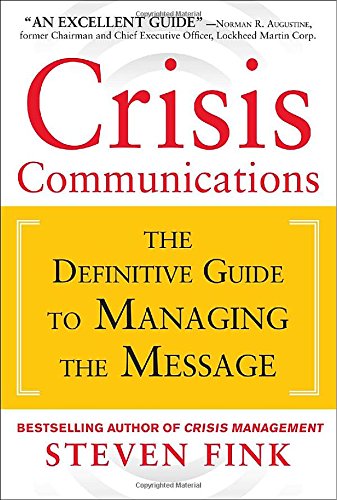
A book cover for Crisis Communications: The Definitive Guide to Managing the Message; Steven Fink; Business & Money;